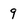
Character: 9